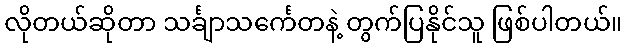
လိုတယ်ဆိုတာ သင်္ချာသင်္ကေတနဲ့ တွက်ပြနိုင်သူ ဖြစ်ပါတယ်။